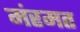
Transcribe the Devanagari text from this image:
मंरमत